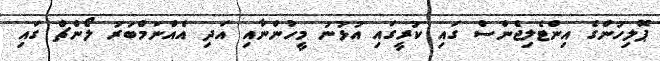
ޕޮލިހުންގެ އިންޓެލިޖެންސް ގައި ކުރީގައި އުޅުނު މީހުންނާއި އަދި އެއްނަމްބަރު ލޯންޗް ގައި